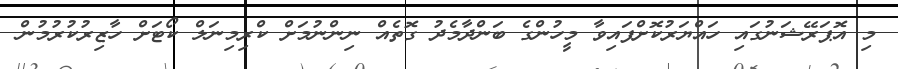
މި އޮޕަރޭޝަނުގައި ހައްޔަރުކޮށްފައިވާ މީހުންގެ ބަންދާމެދު ގޮތެއް ނިންނުމަށް ކްރިމިނަލް ކޯޓަށް ހާޒިރުކުރުމުން